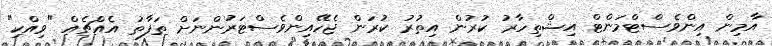
އާމިން އިންވެސްޓްމަންޓް އިޝްތިހާރު ކުރުން އިތުރު ކުރަން ޖެހޭއިންވެސްޓަރުންނަށް ތަފާތު އެއްޗެއް "ވިއްކި"